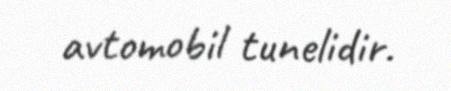
avtomobil tunelidir.